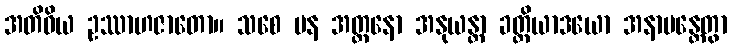
အတိဝိယ ဥဿာဟဇာတော။ သစေ ပန အတ္တနော အနုယန္တာ ခတ္တိယာဒယော အနာမန္တေတွာ